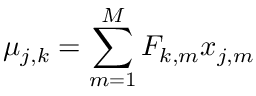
\mu _ { j , k } = \sum _ { m = 1 } ^ { M } F _ { k , m } x _ { j , m }